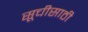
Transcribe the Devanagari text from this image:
सूचीसाठी